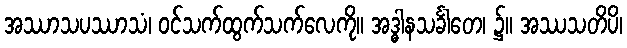
အဿာသပဿာသံ၊ ဝင်သက်ထွက်သက်လေကို။ အဒ္ဓါနသင်္ခါတေ၊ ၌။ အဿသတိပိ၊